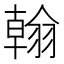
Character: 翰